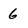
Character: 6